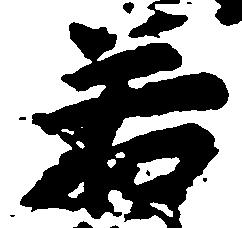
若